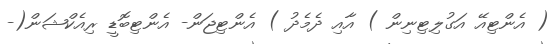
( އެންޓިއޭ އަގުލިޓިނިން ) އާއި ދެމެދު ) އެންޓިޖަން- އެންޓިބޮޑީ ރިއެކްޝަން(-